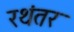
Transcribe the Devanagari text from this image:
रथंतर